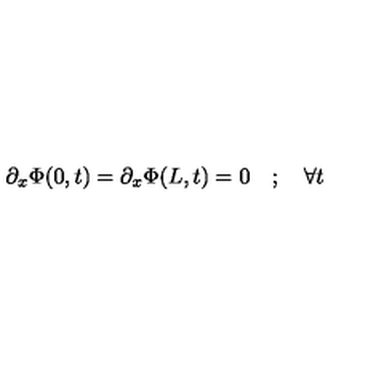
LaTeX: \partial _ { x } \Phi ( 0 , t ) = \partial _ { x } \Phi ( L , t ) = 0 \quad ; \quad \forall t